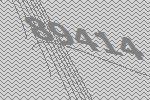
89414